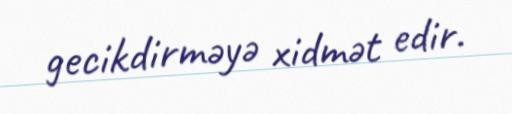
gecikdirməyə xidmət edir.